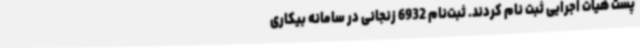
پست هیات اجرایی ثبت نام کردند. ثبت‌نام 6932 زنجانی در سامانه بیکاری